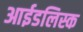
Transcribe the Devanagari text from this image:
आईडलिस्क